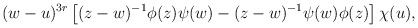
\begin{align*}(w-u)^{3r} \left[ (z-w)^{-1} \phi(z) \psi(w) - (z-w)^{-1} \psi(w)\phi(z) \right] \chi(u),\end{align*}